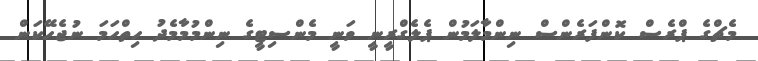
މެޗްގެ ޕްރެސް ކޮންފަރެންސް ނިންމާލަމުން ޕެލެގްރީނީ ވަނީ މެންސިޓީގެ ނިންމުމާމެދު ހިތްހަމަ ނުޖެހޭކަން